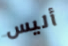
أليس